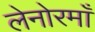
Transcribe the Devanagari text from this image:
लेनोरमाँ